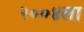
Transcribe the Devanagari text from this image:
२००४ला